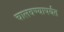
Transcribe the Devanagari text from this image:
चालवण्यापर्यंत